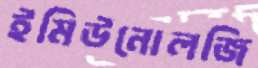
ইমিউনোলজি